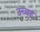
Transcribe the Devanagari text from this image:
उच्चह